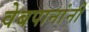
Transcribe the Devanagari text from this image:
वेबपानांनी